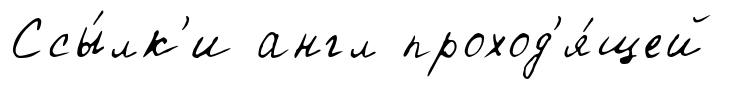
Ссы́лк'и англ проход'я́щей